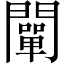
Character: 闡